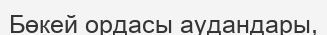
Бөкей ордасы аудандары,